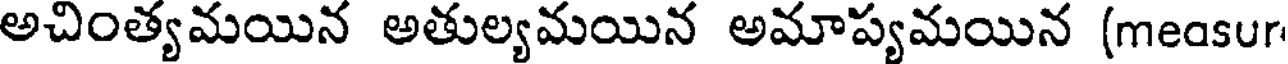
అచింత్యమయిన అతుల్యమయిన అమాప్యమయిన (measur